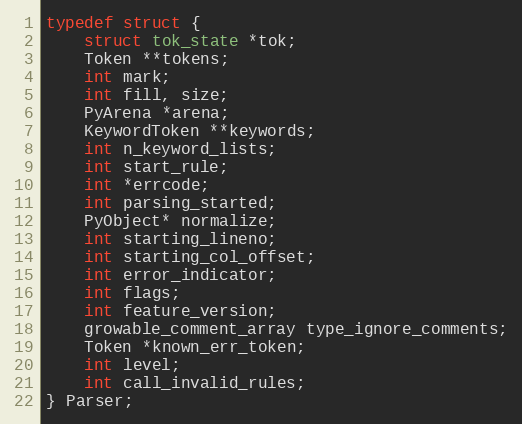
Language: C
typedef struct {
    struct tok_state *tok;
    Token **tokens;
    int mark;
    int fill, size;
    PyArena *arena;
    KeywordToken **keywords;
    int n_keyword_lists;
    int start_rule;
    int *errcode;
    int parsing_started;
    PyObject* normalize;
    int starting_lineno;
    int starting_col_offset;
    int error_indicator;
    int flags;
    int feature_version;
    growable_comment_array type_ignore_comments;
    Token *known_err_token;
    int level;
    int call_invalid_rules;
} Parser;